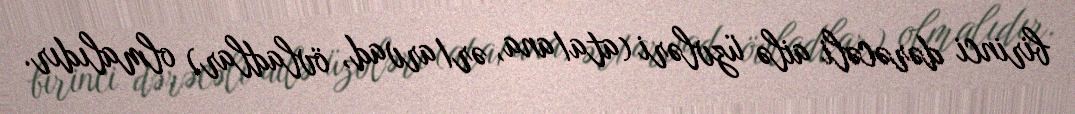
birinci dərəcəli ailə üzvləri (ata/ana, ər/arvad, övladlar) olmalıdır.